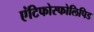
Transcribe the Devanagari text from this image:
एंटिफोस्फोलिपिड